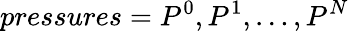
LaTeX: pressures=P^{0},P^{1},\ldots,P^{N}